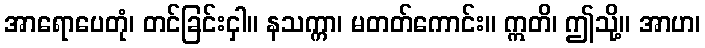
အာရောပေတုံ၊ တင်ခြင်းငှါ။ နသက္ကာ၊ မတတ်ကောင်း။ ဣတိ၊ ဤသို့။ အာဟ၊